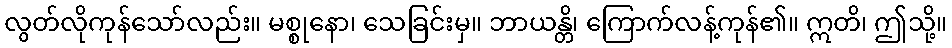
လွတ်လိုကုန်သော်လည်း။ မစ္စုနော၊ သေခြင်းမှ။ ဘာယန္တိ၊ ကြောက်လန့်ကုန်၏။ ဣတိ၊ ဤသို့။